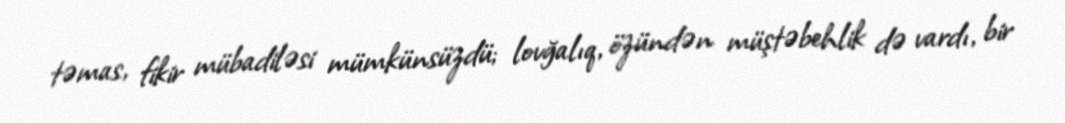
təmas, fikir mübadiləsi mümkünsüzdü; lovğalıq, özündən müştəbehlik də vardı, bir